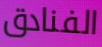
الفنادق